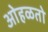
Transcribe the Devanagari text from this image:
ओहळतो